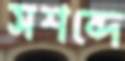
সশব্দে